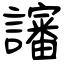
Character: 讅